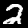
Label: 2